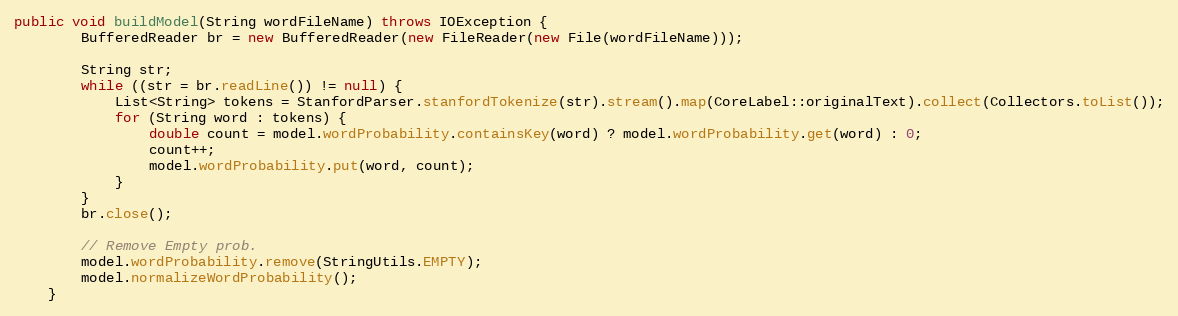
Language: Java
public void buildModel(String wordFileName) throws IOException {
        BufferedReader br = new BufferedReader(new FileReader(new File(wordFileName)));

        String str;
        while ((str = br.readLine()) != null) {
            List<String> tokens = StanfordParser.stanfordTokenize(str).stream().map(CoreLabel::originalText).collect(Collectors.toList());
            for (String word : tokens) {
                double count = model.wordProbability.containsKey(word) ? model.wordProbability.get(word) : 0;
                count++;
                model.wordProbability.put(word, count);
            }
        }
        br.close();

        // Remove Empty prob.
        model.wordProbability.remove(StringUtils.EMPTY);
        model.normalizeWordProbability();
    }